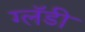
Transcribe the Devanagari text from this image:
ग्लॅडी